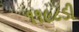
૧૧૯૮ડી